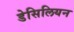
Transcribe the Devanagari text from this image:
डेसिलियन